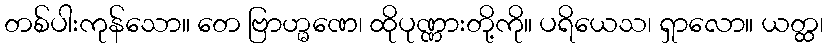
တစ်ပါးကုန်သော။ တေ ဗြာဟ္မဏေ၊ ထိုပုဏ္ဏားတို့ကို။ ပရိယေသ၊ ရှာလော။ ယတ္ထ၊